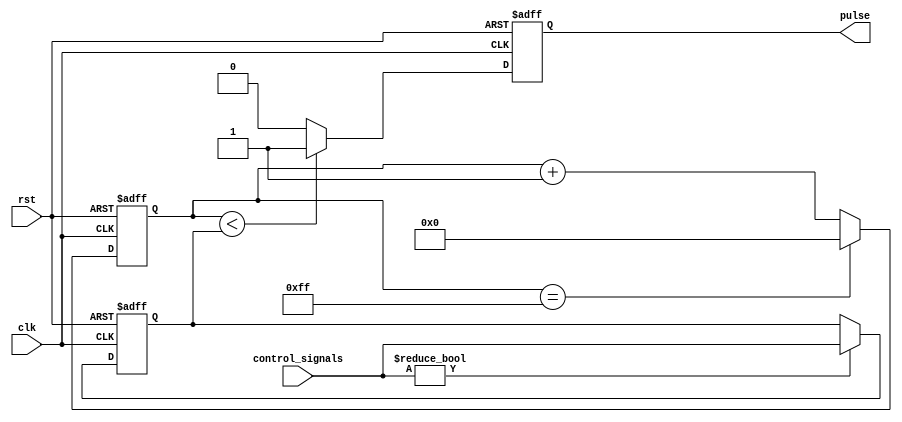
module variable_pulse_width_generator (
    input wire clk,
    input wire rst,
    input wire [7:0] control_signals,
    output reg pulse
);

reg [7:0] pulse_width;
reg [7:0] counter;

always @(posedge clk or posedge rst) begin
    if (rst) begin
        pulse <= 0;
        pulse_width <= 0;
        counter <= 0;
    end else begin
        if (control_signals != 8'b0) begin
            pulse_width <= control_signals;
        end
        
        if (counter < pulse_width) begin
            pulse <= 1;
        end else begin
            pulse <= 0;
        end
        
        if (counter == 255) begin
            counter <= 0;
        end else begin
            counter <= counter + 1;
        end
    end
end

endmodule